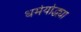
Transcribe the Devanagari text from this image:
धर्मयोद्ध्या